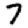
Digit: 7